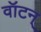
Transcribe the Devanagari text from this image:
वॉटन्